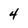
Character: 4